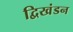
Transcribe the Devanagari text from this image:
द्विखंडन